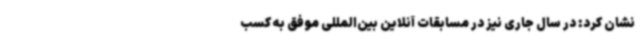
نشان کرد: در سال جاری نیز در مسابقات آنلاین بین‌المللی موفق به کسب